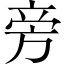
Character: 旁